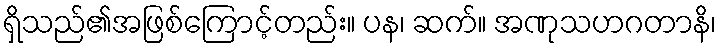
ရှိသည်၏အဖြစ်ကြောင့်တည်း။ ပန၊ ဆက်။ အဏုသဟဂတာနိ၊